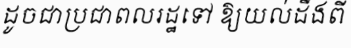
ដូចជាប្រជាពលរដ្ឋទៅ ឱ្យយល់ដឹងពី